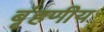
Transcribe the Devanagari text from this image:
बृंहणीय